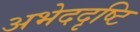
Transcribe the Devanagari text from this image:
अभेददृष्टि